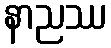
နာညဿ